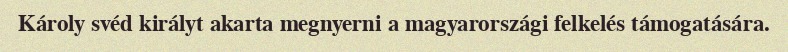
Károly svéd királyt akarta megnyerni a magyarországi felkelés támogatására.